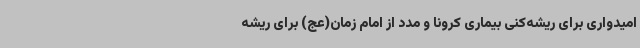
امیدواری برای ریشه‌کنی بیماری کرونا و مدد از امام زمان(عج) برای ریشه